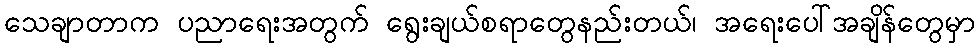
သေချာတာက ပညာရေးအတွက် ရွေးချယ်စရာတွေနည်းတယ်၊ အရေးပေါ်အချိန်တွေမှာ